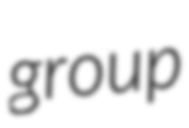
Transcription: group